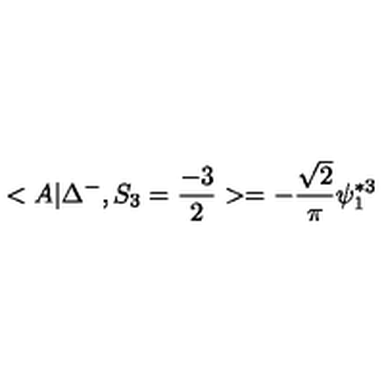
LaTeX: < A | \Delta ^ { - } , S _ { 3 } = \frac { - 3 } { 2 } > = - \frac { \sqrt { 2 } } { \pi } \psi _ { 1 } ^ { * 3 }